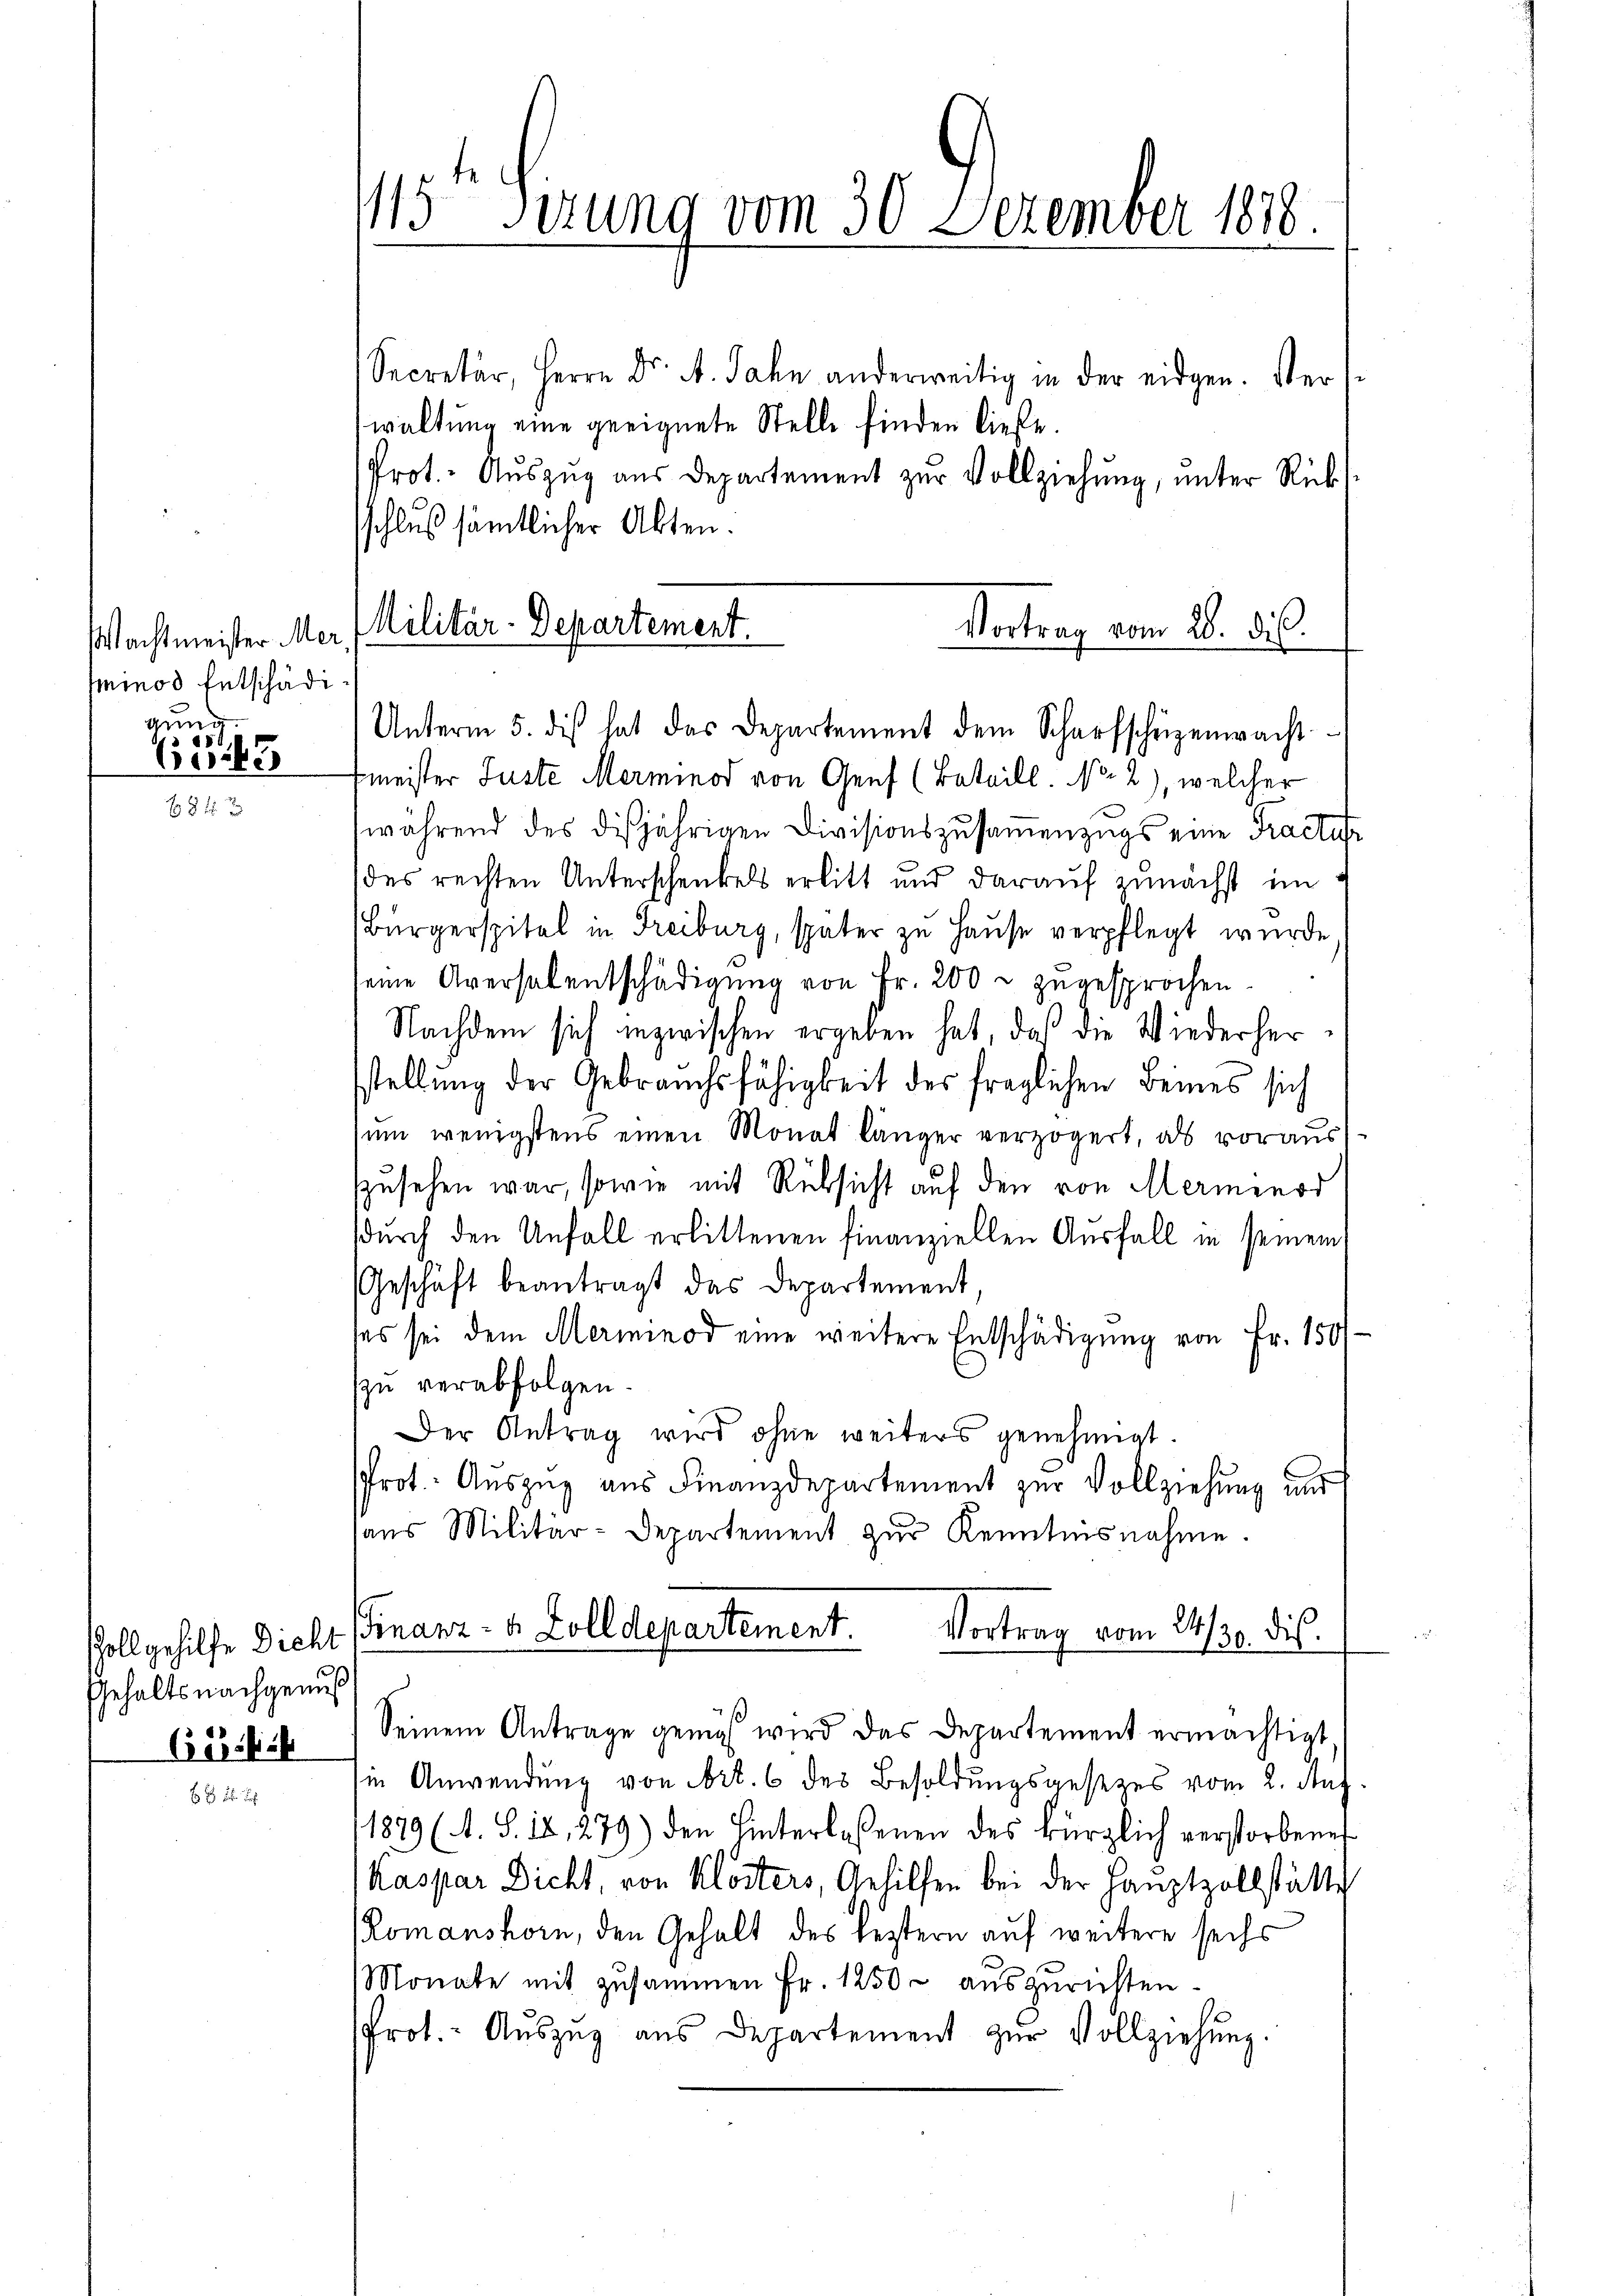
Wachtmeister Mer
minos Entschädigŭng.
62143

Gehalts nachgenuß
Geschich

115te Sirung vom 30. Dezember 1878

Secretär, Herrn Dr. A. Jahn anderweitig in der eidgen. Vers
waltung eine geeignete Stelle finden ließe.
Prot. Aŭszŭg aŭs Departement zŭr Vollziehŭng ŭnter Rüks
sschluß sämtlicher Akten.

Militär-Departement.
Vortrag vom 28. ds.
Unterm 5. die hat das Departement dem Scharfscheizenwacht

fmeister Juste Merminod von Genf (Bataill. No. 2), welcher
während des disjährigen Divisionszusammenzugs eine Tractus
des rechten Unterschenkels erlitt und darauf zunächst im
Bürgerspitel in Freiburg, später zu Hause verpflegt wurde
seine Aversalentschädigŭng von Fr. 200 r. zugesprochen.
Nachdem sich inzwischen ergeben hat, daß die Wiederhersstellung der Gebrauchsfähigkeit des fraglichen Beines sich
sum wenigstens einen Monat länger verzögert, als vorausszusehen war, sowie mit Rücksicht auf den von Merminor
sdurch den Unfall erlittenen finanziellen Ausfall in seinem
Geschäft beantragt das Departement,
ses sei dem Merminod eine weitere Entschädigung von Fr. 150/
zu verabfolgen.
Der Antrag wird ohne weiters genehmigt.
Prot. Auszug aus Finanzdepartement zur Vollziehung und
sans Militär-Departement zŭr Kenntnisnahme.
Vortrag vom 24/30. die
Poll gehilfe Dicht Finanz- u. Zolldepartement.
Seinem Antrage gemäß wird das Departement ermächtigt
in Anwendung von Art. 6 des Besoldungsgesezes vom 2. Auf
11879 (1. S. 18, 279) den Hinterlaßenen des kürzlich verstorbene
Kaspar Dicht, von Klösters, Gehilfen bei der Hauptzollstätte
Romanshorn, den Gehalt des bestern auf weitere sechs
Monate mit zusammen Fr. 1250 auszurichten.
Prot.- Aŭszŭg aŭs Departement zŭr Vollziehung.